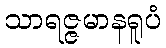
သာရဇ္ဇမာနရူပံ